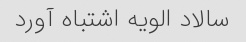
سالاد الویه اشتباه آورد